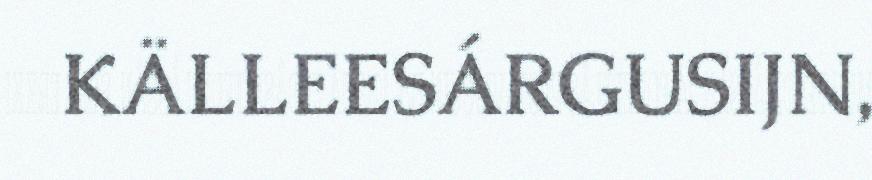
KÄLLEESÁRGUSIJN,